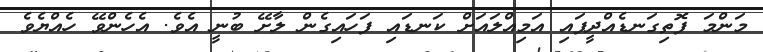
މަންމަ ފޮތިގަނޑެއްދީފައި އަމިއްލައަށް ކަނޑައި ފަހައިގެން ލާށޭ ބުނީ އެވެ. އެހެންވޭ ހެއްޔެވެ